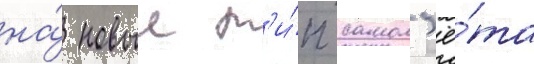
на́ новыи т'и́п самол'ё́та